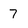
Character: 7